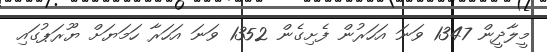
މީލާދީން 1347 ވަނަ އަހަރުން ފެށިގެން 1352 ވަނަ އަހަރާ ހަމަޔަށް ޔޫރަޕުގައި